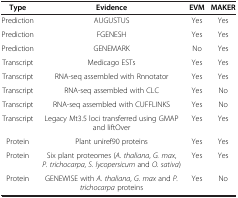
| Type | Evidence | EVM | MAKER |
 | --- | --- | --- | --- |
 | Prediction | AUGUSTUS | Yes | Yes |
 | Prediction | FGENESH | Yes | Yes |
 | Prediction | GENEMARK | No | Yes |
 | Transcript | Medicago ESTs | Yes | Yes |
 | Transcript | RNA-seq assembled with Rnnotator | Yes | Yes |
 | Transcript | RNA-seq assembled with CLC | Yes | No |
 | Transcript | RNA-seq assembled with CUFFLINKS | Yes | No |
 | Transcript | Legacy Mt3.5 loci transferred using GMAP and liftOver | Yes | Yes |
 | Protein | Plant uniref90 proteins | Yes | Yes |
 | Protein | Six plant proteomes (A. thaliana, G. max, P. trichocarpa, S. lycopersicum and O. sativa) | Yes | Yes |
 | Protein | GENEWISE with A. thaliana, G. max and P.trichocarpa proteins | Yes | No |